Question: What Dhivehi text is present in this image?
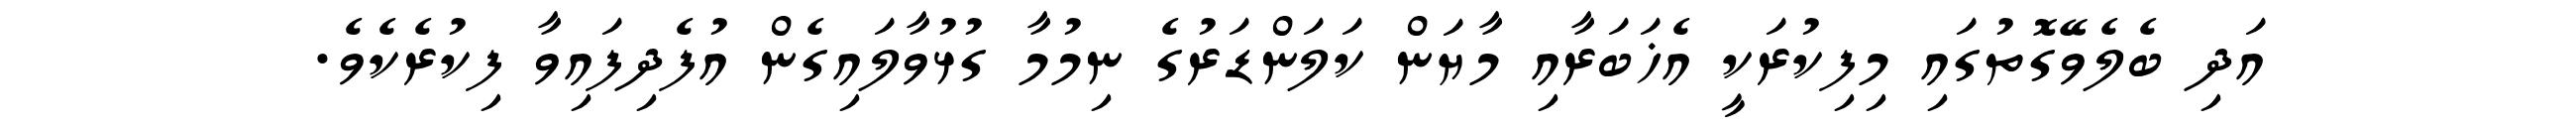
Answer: އަދި ބެލެވޭގޮތުގައި މިފިކުރަކީ އެޚަބަރާއި މާޔަން ކަލަންޑަރުގެ ނިމުމާ ގުޅުވާލައިގެން އުފެދިފައިވާ ފިކުރެކެވެ.